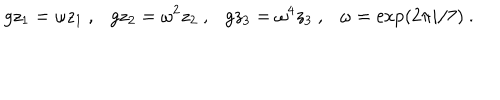
LaTeX: g z _ { 1 } = \omega z _ { 1 } ~ , g z _ { 2 } = \omega ^ { 2 } z _ { 2 } ~ , g z _ { 3 } = \omega ^ { 4 } z _ { 3 } ~ , \omega = \exp ( 2 \pi i / 7 ) ~ .